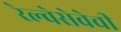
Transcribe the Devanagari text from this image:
रेल्वेसेवेची